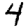
Digit: 4